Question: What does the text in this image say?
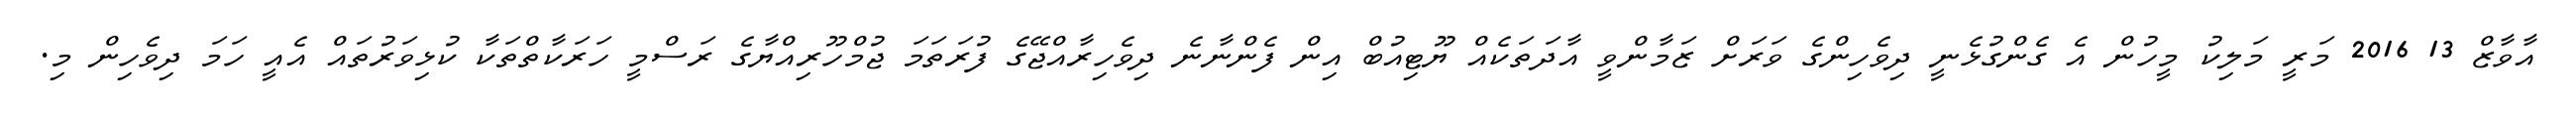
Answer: އާވާޒް 13 2016 މަރީ މަލިކު މީހުން އެ ގެންގުޅެނީ ދިވެހިންގެ ވަރަށް ޒަމާންވީ އާދަތަކެއް ޔޫޓިއުބް އިން ފެންނާނެ ދިވެހިރާއްޖޭގެ ފުރަތަމަ ޖުމްހޫރިއްޔާގެ ރަސްމީ ހަރަކާތްތަކާ ކުޅިވަރުތައް އެއީ ހަމަ ދިވެހިން މި.